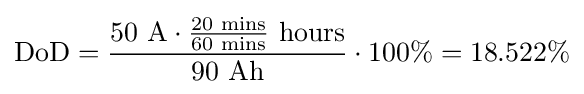
\mathrm {DoD} ={\frac {50{\text{ A}}\cdot {\frac {20{\text{ mins}}}{60{\text{ mins}}}}{\text{ hours}}}{90{\text{ Ah}}}}\cdot 100\%=18.522\%